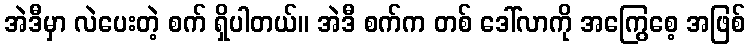
အဲဒီမှာ လဲပေးတဲ့ စက် ရှိပါတယ်။ အဲဒီ စက်က တစ် ဒေါ်လာကို အကြွေစေ့ အဖြစ်